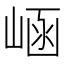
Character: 崡